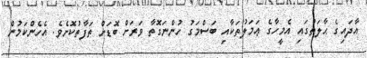
އާދައިގެ ޙާލަތުގައި އެމީހާގެ ޢަމަލުތަކާއި ބަސްމަގު ހުންނަގޮތާ ވަރަށް ބޮޑަށް ތަފާތުކޮށެވެ. އެހެންކަމުން